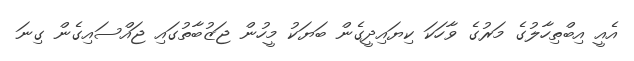
އެއީ އިބްތިހާލުގެ މަރުގެ ވާހަކަ ކިޔައިދީގެން ބަޔަކު މީހުން ޖަޒުބާތުގައި ޖައްސައިގެން ގިނަ